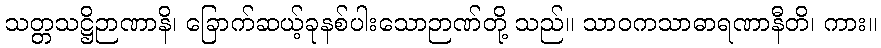
သတ္တသဋ္ဌိဉာဏာနိ၊ ခြောက်ဆယ့်ခုနစ်ပါးသောဉာဏ်တို့ သည်။ သာဝကသာဓာရဏာနီတိ၊ ကား။